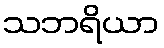
သဘရိယာ